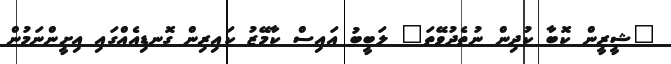
"ޝީރީން ކޮބާ ކުދިން ނުތެދުވޭތަ" ލަބީބު އައިސް ކާމޭޒު ކައިރިން ގޮނޑިއެއްގައި އިށީންނަމުން